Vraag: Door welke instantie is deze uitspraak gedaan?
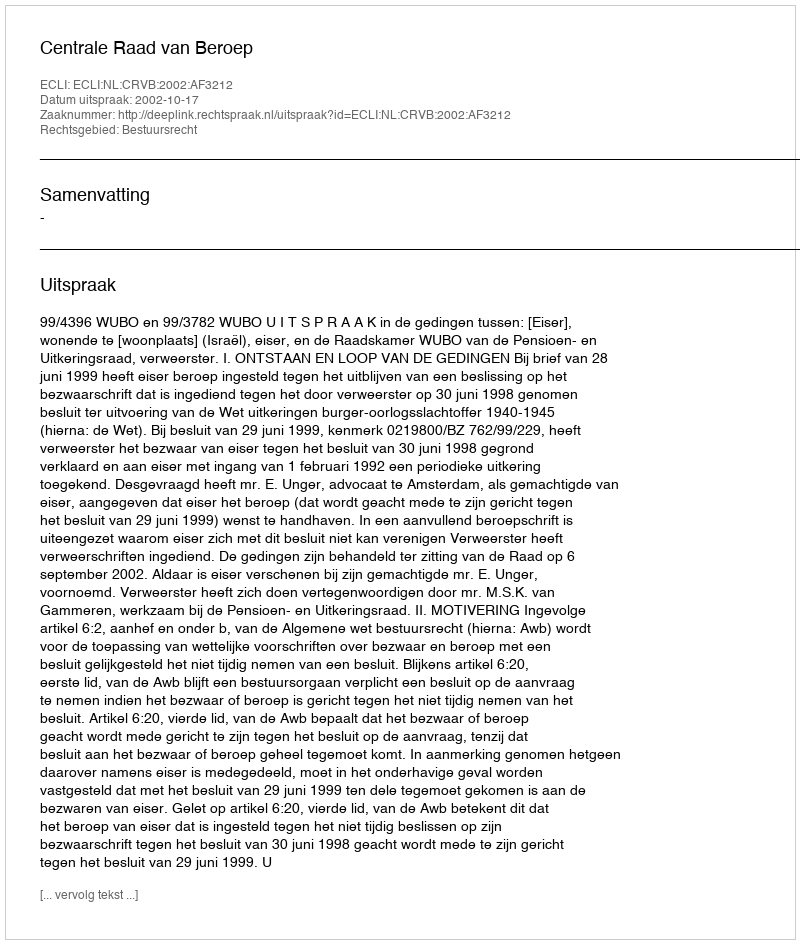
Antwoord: Centrale Raad van Beroep